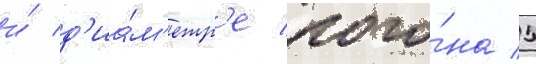
и́ д'иа́м'етр'е пого́на 5